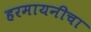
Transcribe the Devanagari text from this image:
हरमायनीचा